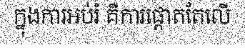
ក្នុងការអប់រំ គឺការផ្តោតតែលើ